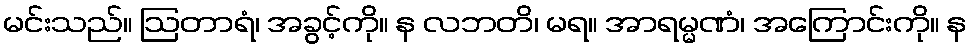
မင်းသည်။ ဩတာရံ၊ အခွင့်ကို။ န လဘတိ၊ မရ။ အာရမ္မဏံ၊ အကြောင်းကို။ န